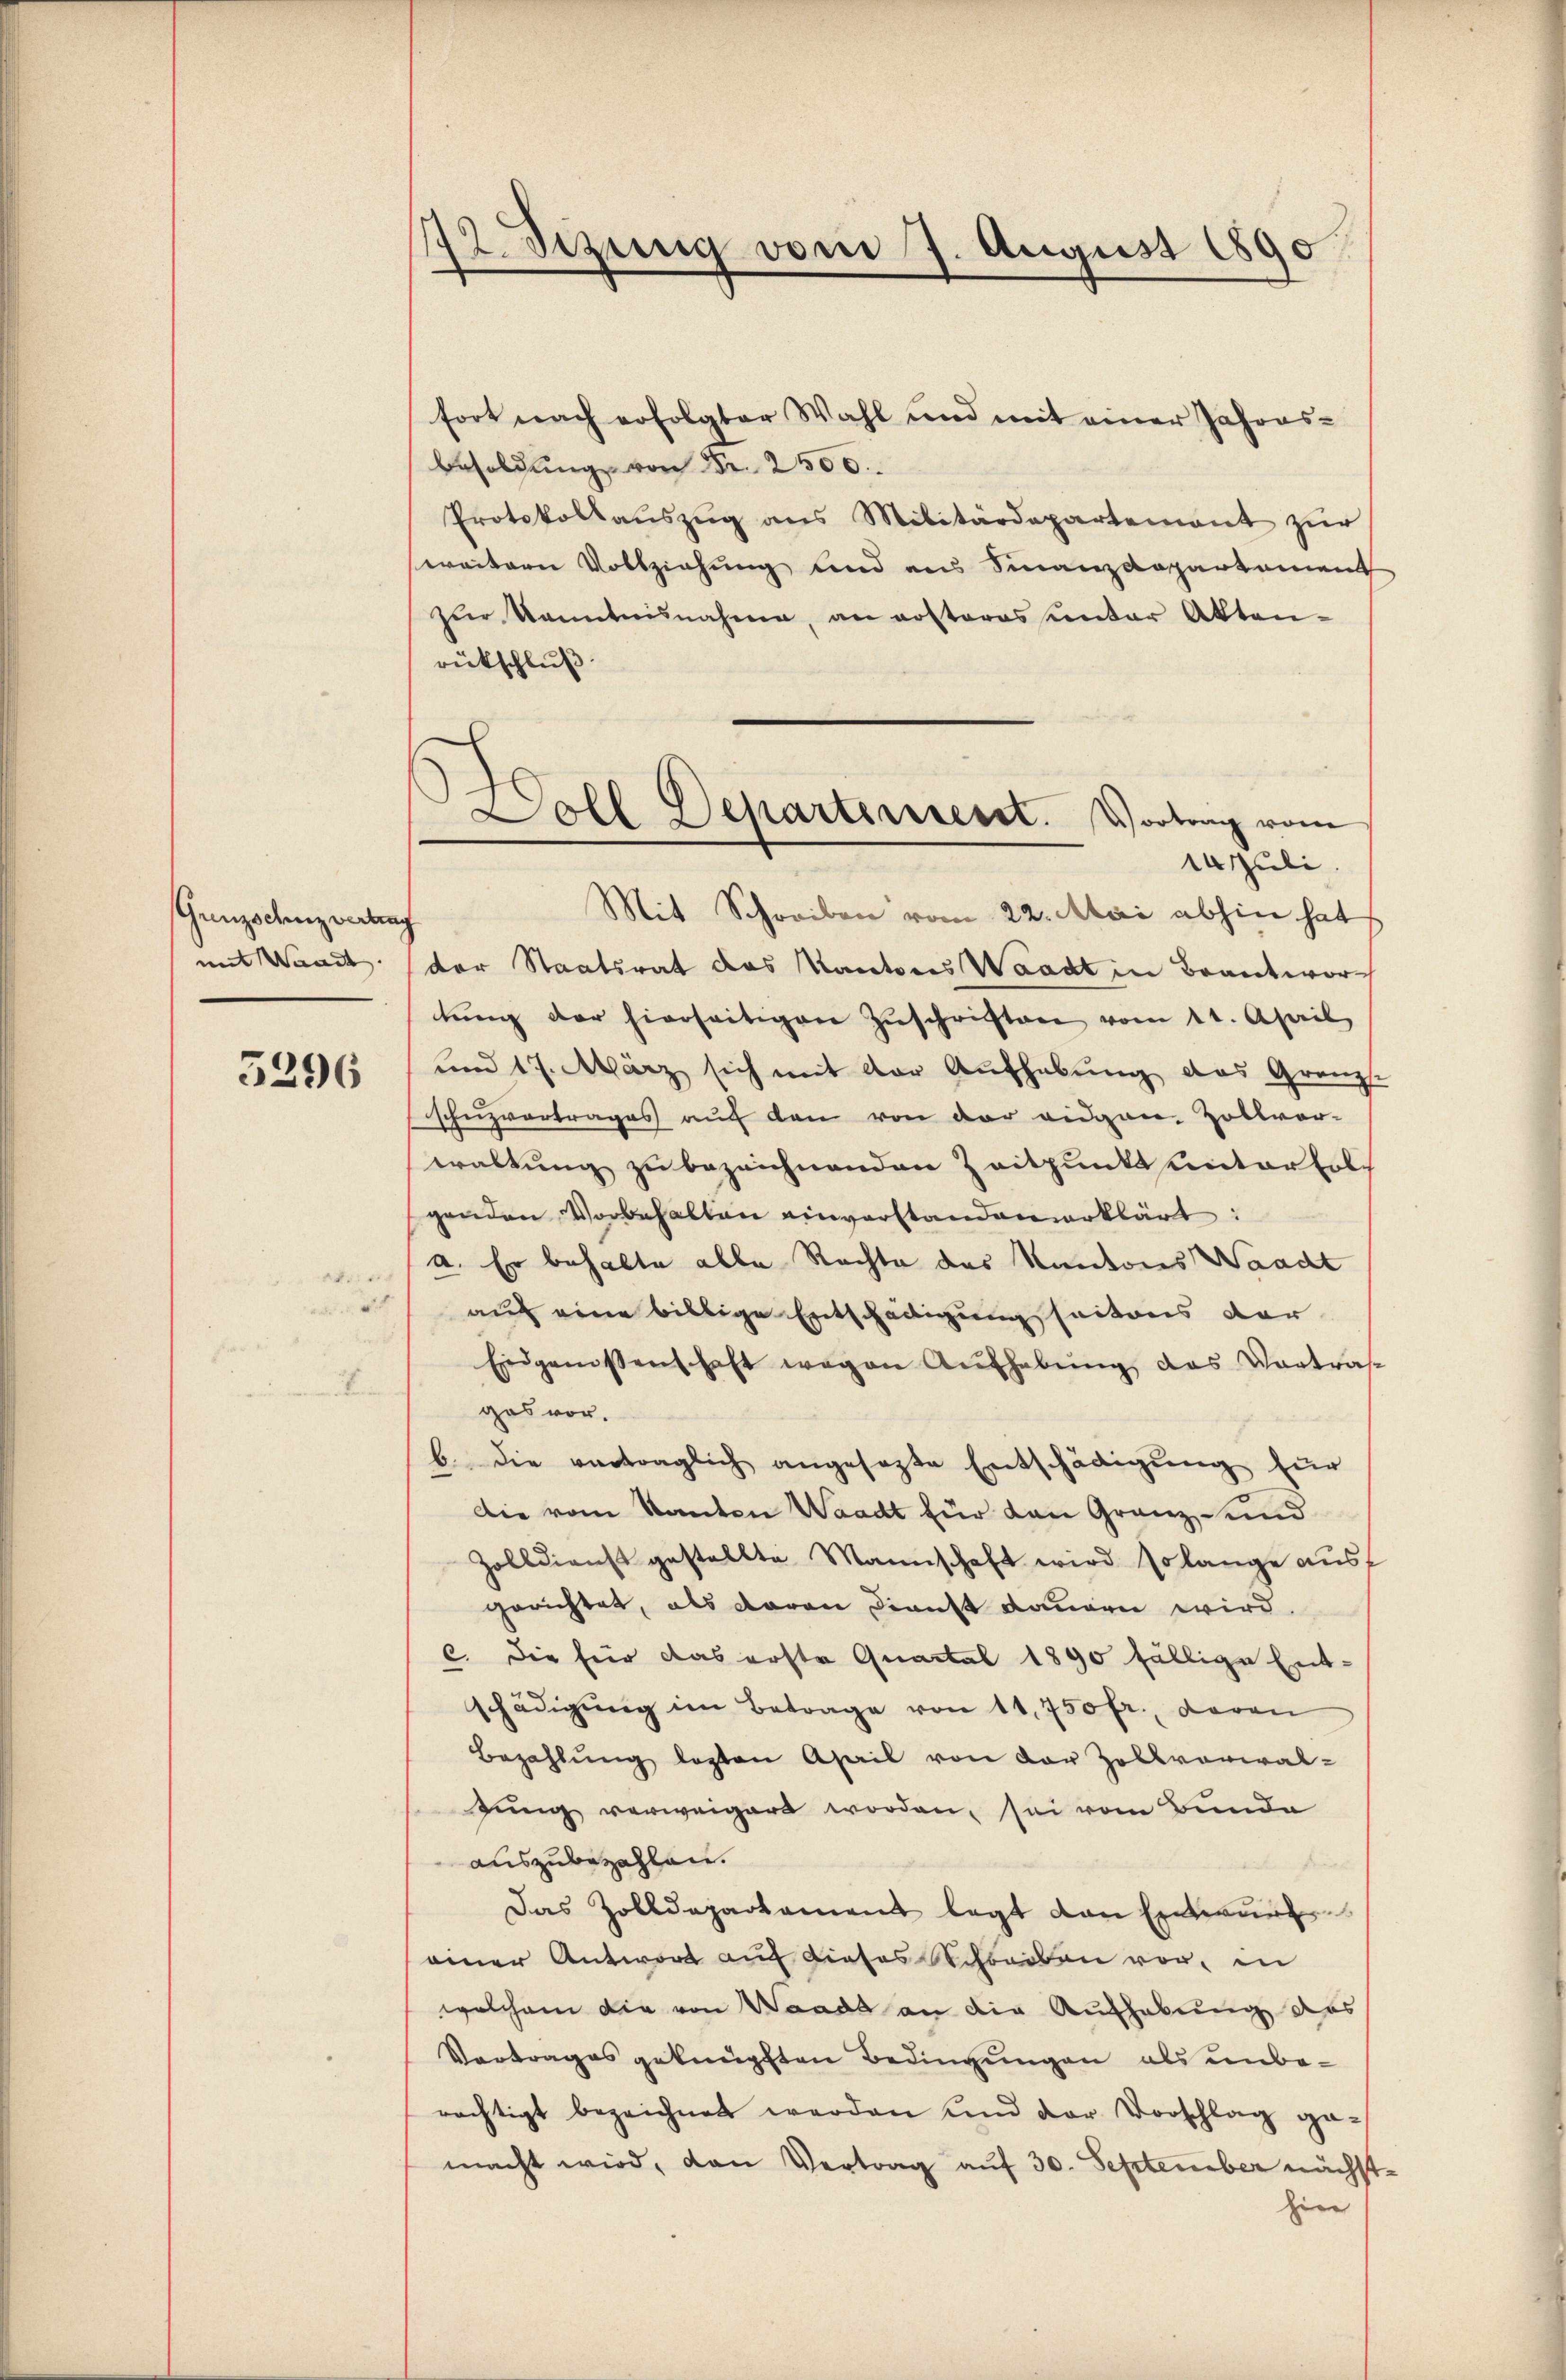
Gunzschenz vertrag

5296

e
.

s
sizung vom 7. August 1890

fort nach erfolgter Wahl und mit einer Jahres-
Besoldŭng von Fr. 2500.
Protokollaŭszŭg ans Militärdepartement zŭr
weitern Vollziehung und aus Finanzdepartement
zŭr Kenntnisnahme, an rosteres unter Akten-
rückschluß.
Ausuli
Mit Schreiben vom 22. Mai abhin hat
mit Waadt (der Staatsrat das Kantons Waadt in Beantwortŭng der hierseitigen Zŭschriften vom 11. April
und 17. März sich mit der Aufhebung das Granz
schuzvortrages auf den von der eidgen. Zollvor-
waltung zu bezeichnenden Zeitpunkt unterhol
genden Vorbehalten einverstanden erklärt:
a. Er behalte alle Rechte des Kantons Waadt
 auf eine billige Entschädigung seitens der
Eidgenissenschaft wegen Aŭfhebŭng das Vortra
gas vor.
b. die vertraglich angesezte Entschädigung für
Die vom Kanton Waadt für den Granz und
Zolldienst gestellte Mannschaft wird solange aus
gerichtet, als davon Dienst dauern wird.
c. Die für das erste Quartal 1890 fällige Ent-
schädigung im Betrage von 11,750 fr., daran
Bezahlung legten April von der Zollvorwal-
zung verweigert worden, sei vom Bunde
auszubezahlen.
Ferie
Das Zolldepartament legt den Entwurf
einer Antwort auf dieses Scheiden vor, in
welchem die von Waadt an die Aufhebung des
Vortrages geknüpften Bedingungen als unberächtigt bezeichnet werden und der Vorschlag ge-
macht wird, den Vertrag auf 30. September nächst
hier

oll Departerreist. Vortrag vom